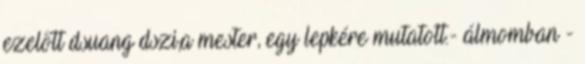
ezelőtt dsuang dszi,a mester, egy lepkére mutatott.- álmomban -